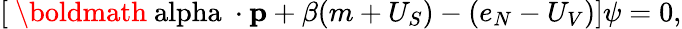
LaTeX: [{\mathrm{~\boldmath{\ alpha}~}}\cdot{\mathbf p}+\beta(m+U_{S})-(e_{N}-U_{V})]\psi=0,